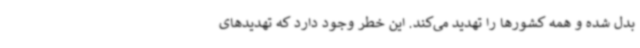
بدل شده و همه کشورها را تهدید می‌کند. این خطر وجود دارد که تهدیدهای